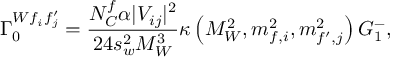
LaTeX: \Gamma _ { 0 } ^ { W f _ { i } f _ { j } ^ { \prime } } = \frac { N _ { C } ^ { f } \alpha | V _ { i j } | ^ { 2 } } { 2 4 s _ { w } ^ { 2 } M _ { W } ^ { 3 } } \kappa \left( M _ { W } ^ { 2 } , m _ { f , i } ^ { 2 } , m _ { f ^ { \prime } , j } ^ { 2 } \right) G _ { 1 } ^ { - } ,